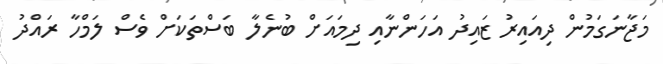
މަޖާނަގަމުން ދިއައިރު ޒައިދު އަހަންނާއި ދިމައަށް ބުނެލާ ބަސްތަކަށް ވެސް ލަމްހާ ރައްދު